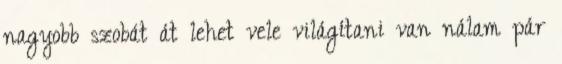
nagyobb szobát át lehet vele világítani van nálam pár